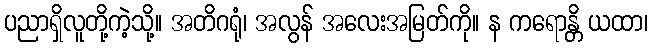
ပညာရှိလူတို့ကဲ့သို့။ အတိဂရုံ၊ အလွန် အလေးအမြတ်ကို။ န ကရောန္တိ ယထာ၊